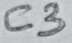
Text: C3